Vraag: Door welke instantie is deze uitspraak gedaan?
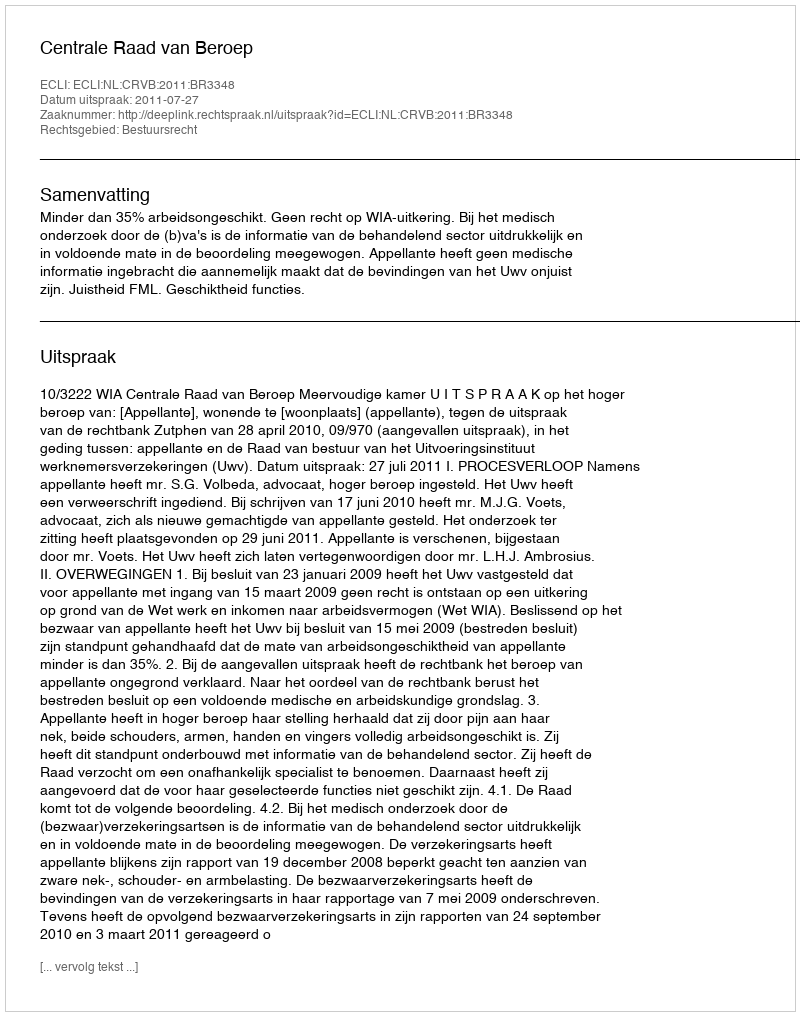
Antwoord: Centrale Raad van Beroep